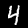
Digit: 4